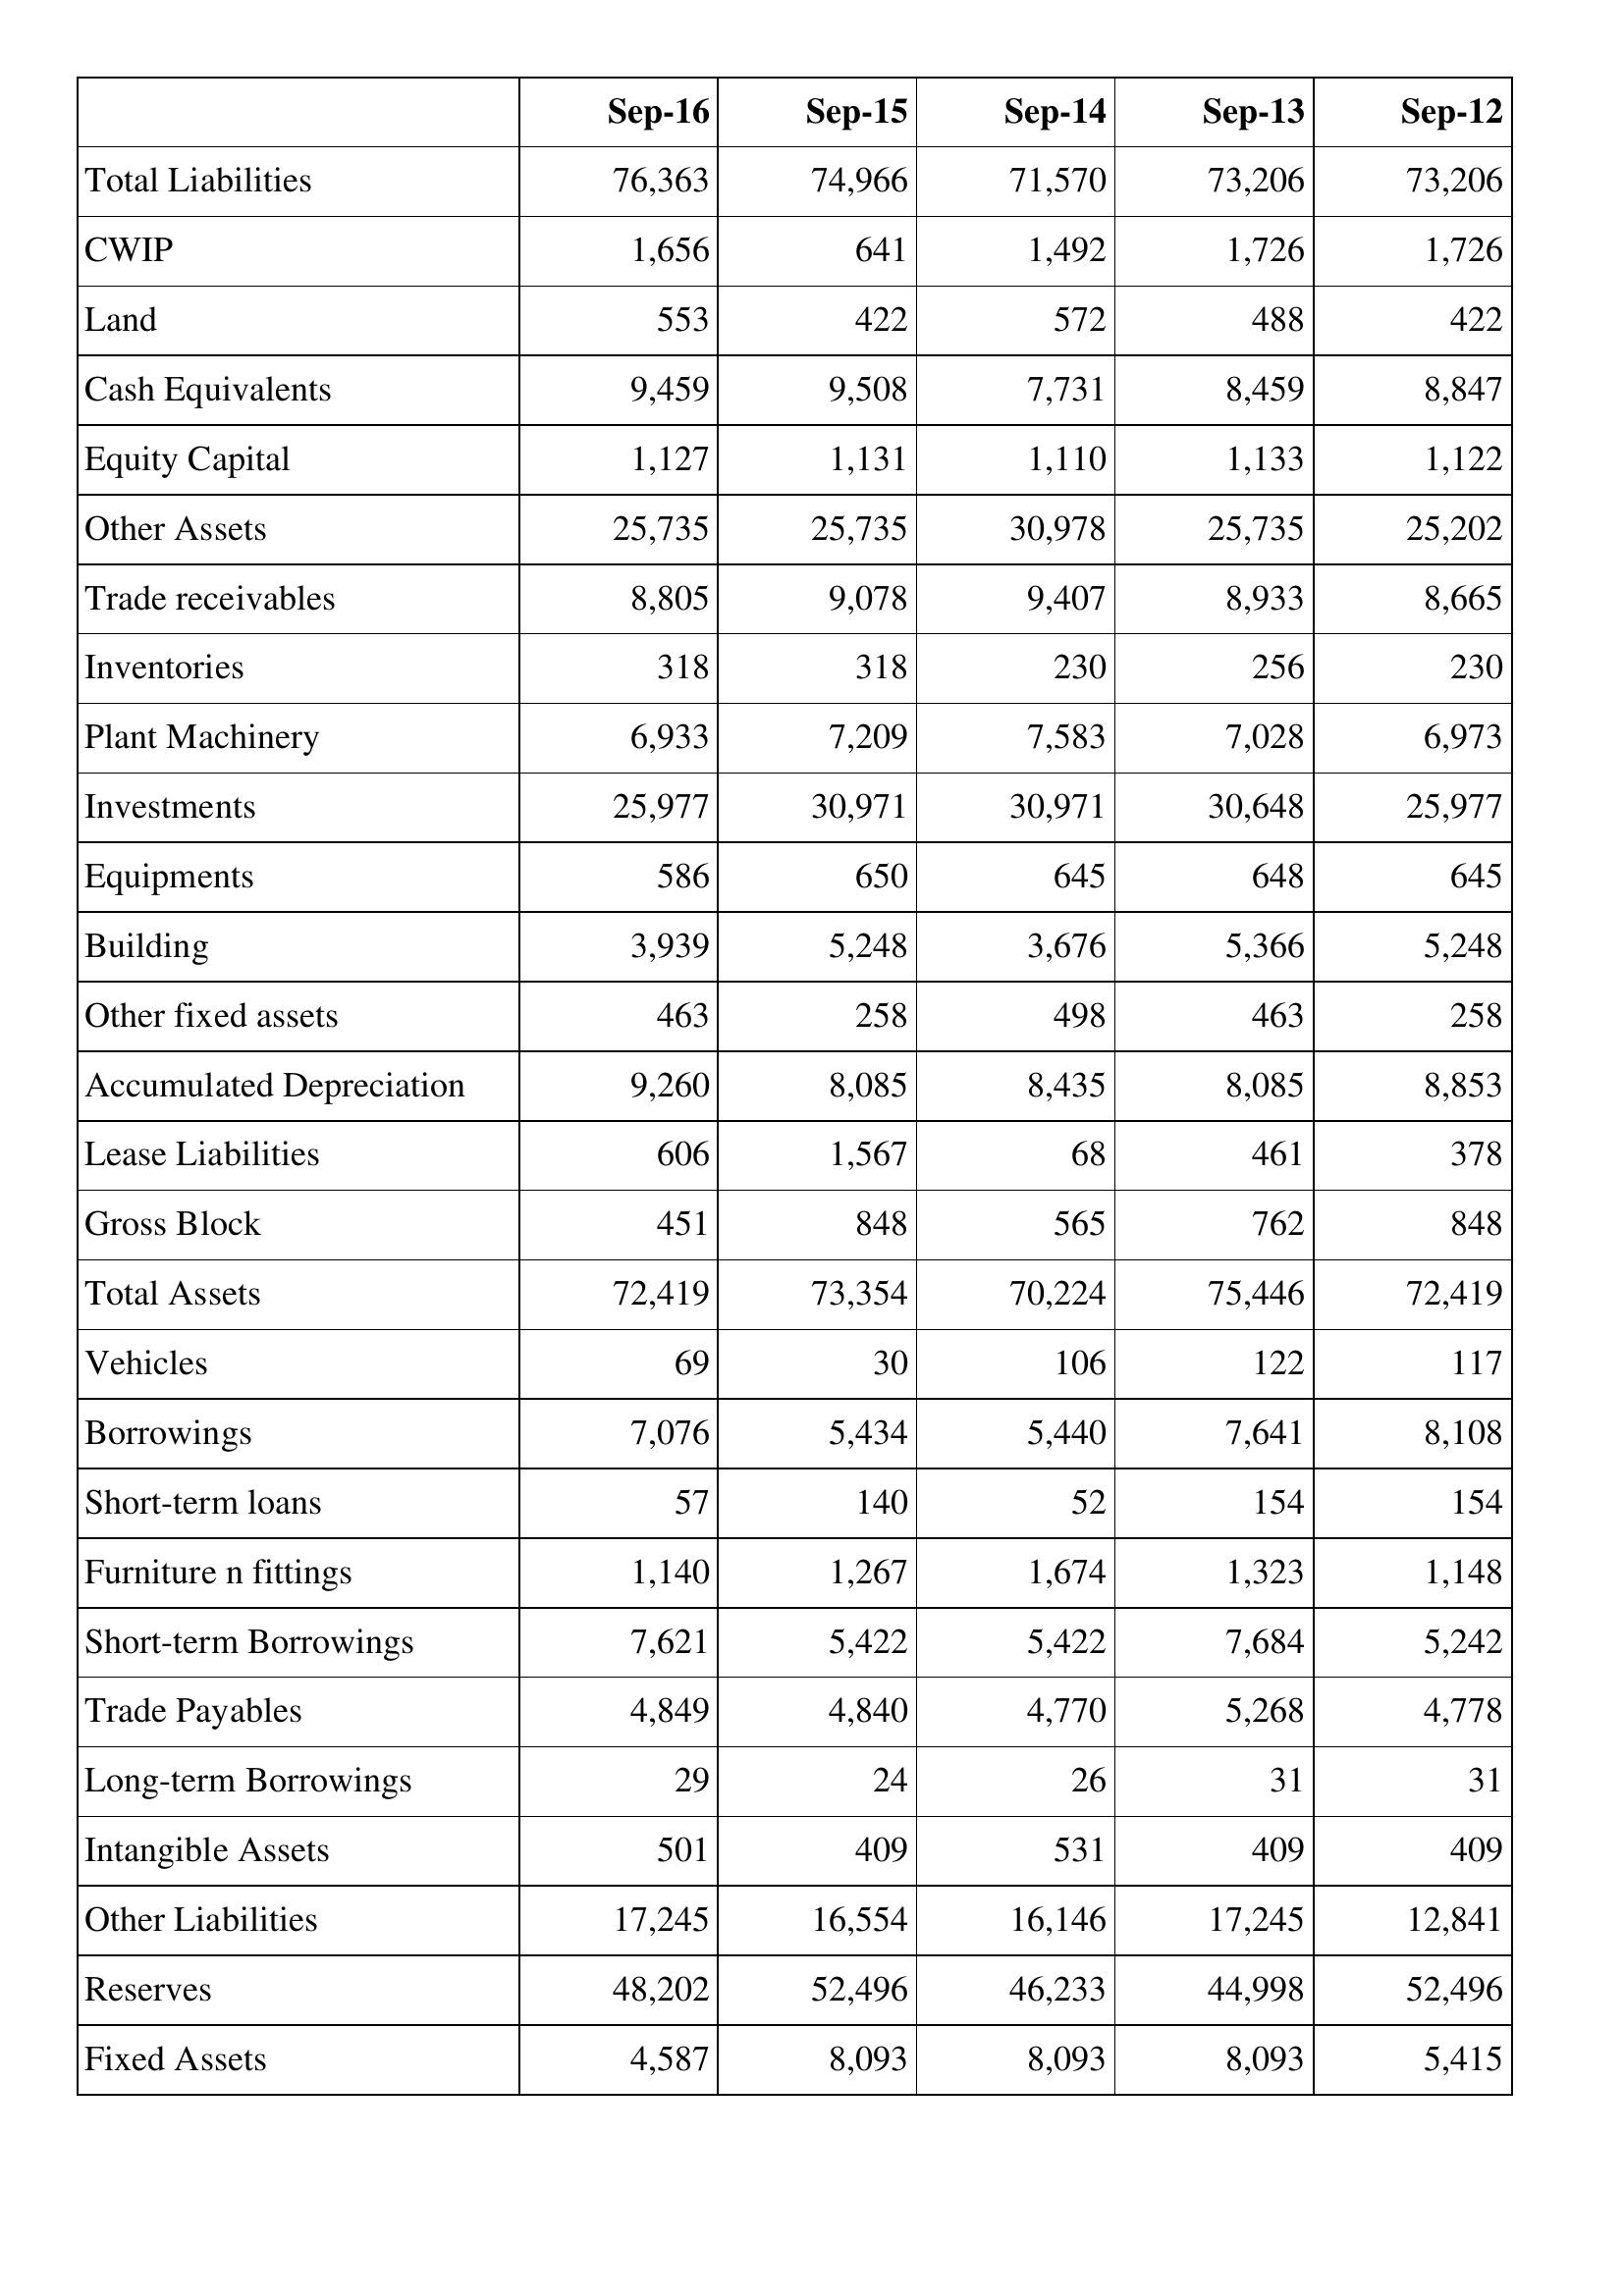
Sep-16: Balance Sheet: Total Liabilities: 76,363
CWIP: 1,656
Land: 553
Cash Equivalents: 9,459
Equity Capital: 1,127
Other Assets: 25,735
Trade receivables: 8,805
Inventories: 318
Plant Machinery: 6,933
Investments: 25,977
Equipments: 586
Building: 3,939
Other fixed assets: 463
Accumulated Depreciation: 9,260
Lease Liabilities: 606
Gross Block: 451
Total Assets: 72,419
Vehicles: 69
Borrowings: 7,076
Short-term loans: 57
Furniture n fittings: 1,140
Short-term Borrowings: 7,621
Trade Payables: 4,849
Long-term Borrowings: 29
Intangible Assets: 501
Other Liabilities: 17,245
Reserves: 48,202
Fixed Assets: 4,587
Sep-15: Balance Sheet: Total Liabilities: 74,966
CWIP: 641
Land: 422
Cash Equivalents: 9,508
Equity Capital: 1,131
Other Assets: 25,735
Trade receivables: 9,078
Inventories: 318
Plant Machinery: 7,209
Investments: 30,971
Equipments: 650
Building: 5,248
Other fixed assets: 258
Accumulated Depreciation: 8,085
Lease Liabilities: 1,567
Gross Block: 848
Total Assets: 73,354
Vehicles: 30
Borrowings: 5,434
Short-term loans: 140
Furniture n fittings: 1,267
Short-term Borrowings: 5,422
Trade Payables: 4,840
Long-term Borrowings: 24
Intangible Assets: 409
Other Liabilities: 16,554
Reserves: 52,496
Fixed Assets: 8,093
Sep-14: Balance Sheet: Total Liabilities: 71,570
CWIP: 1,492
Land: 572
Cash Equivalents: 7,731
Equity Capital: 1,110
Other Assets: 30,978
Trade receivables: 9,407
Inventories: 230
Plant Machinery: 7,583
Investments: 30,971
Equipments: 645
Building: 3,676
Other fixed assets: 498
Accumulated Depreciation: 8,435
Lease Liabilities: 68
Gross Block: 565
Total Assets: 70,224
Vehicles: 106
Borrowings: 5,440
Short-term loans: 52
Furniture n fittings: 1,674
Short-term Borrowings: 5,422
Trade Payables: 4,770
Long-term Borrowings: 26
Intangible Assets: 531
Other Liabilities: 16,146
Reserves: 46,233
Fixed Assets: 8,093
Sep-13: Balance Sheet: Total Liabilities: 73,206
CWIP: 1,726
Land: 488
Cash Equivalents: 8,459
Equity Capital: 1,133
Other Assets: 25,735
Trade receivables: 8,933
Inventories: 256
Plant Machinery: 7,028
Investments: 30,648
Equipments: 648
Building: 5,366
Other fixed assets: 463
Accumulated Depreciation: 8,085
Lease Liabilities: 461
Gross Block: 762
Total Assets: 75,446
Vehicles: 122
Borrowings: 7,641
Short-term loans: 154
Furniture n fittings: 1,323
Short-term Borrowings: 7,684
Trade Payables: 5,268
Long-term Borrowings: 31
Intangible Assets: 409
Other Liabilities: 17,245
Reserves: 44,998
Fixed Assets: 8,093
Sep-12: Balance Sheet: Total Liabilities: 73,206
CWIP: 1,726
Land: 422
Cash Equivalents: 8,847
Equity Capital: 1,122
Other Assets: 25,202
Trade receivables: 8,665
Inventories: 230
Plant Machinery: 6,973
Investments: 25,977
Equipments: 645
Building: 5,248
Other fixed assets: 258
Accumulated Depreciation: 8,853
Lease Liabilities: 378
Gross Block: 848
Total Assets: 72,419
Vehicles: 117
Borrowings: 8,108
Short-term loans: 154
Furniture n fittings: 1,148
Short-term Borrowings: 5,242
Trade Payables: 4,778
Long-term Borrowings: 31
Intangible Assets: 409
Other Liabilities: 12,841
Reserves: 52,496
Fixed Assets: 5,415